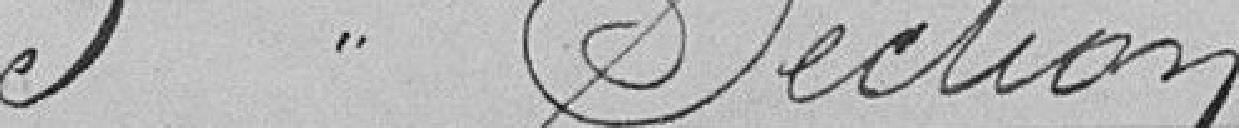
5ème Section